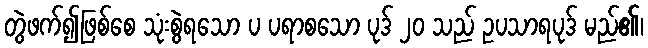
တွဲဖက်၍ဖြစ်စေ သုံးစွဲရသော ပ ပရာစသော ပုဒ် ၂၀ သည် ဥပသာရပုဒ် မည်၏၊